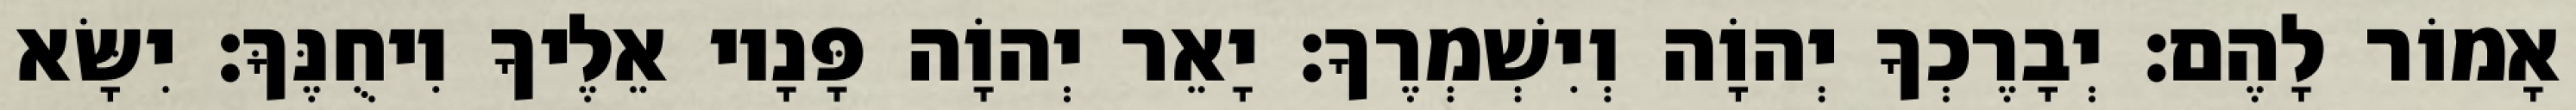
אָמוֹר לָהֶם׃ יְבָרֶכְךָ יְהוָֹה וְיִשְׁמְרֶךָ׃ יָאֵר יְהוָֹה פָּנָיו אֵלֶיךָ וִיחֻנֶּךָּ׃ יִשָּׂא